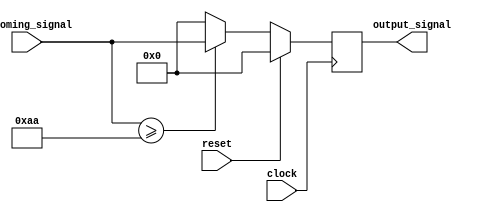
module Priority_Bypass_Register(
    input wire clock,
    input wire reset,
    input wire [7:0] incoming_signal,
    output reg [7:0] output_signal
);

reg [7:0] priority_criteria = 8'b10101010;

always @(posedge clock) begin
    if (reset) begin
        output_signal <= 8'b00000000;
    end else begin
        if (incoming_signal >= priority_criteria) begin
            output_signal <= incoming_signal;
        end else begin
            output_signal <= 8'b00000000;
        end
    end
end

endmodule